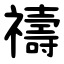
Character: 禱